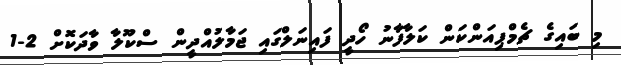
މި ބައިގެ ޗެމްޕިއަންކަން ކަލާފާނު ހޯދީ ފައިނަލްގައި ޖަމާލުއްދީން ސްކޫލާ ވާދަކޮށް 2-1